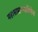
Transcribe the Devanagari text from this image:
महासाम्राज्याभिषेक